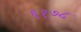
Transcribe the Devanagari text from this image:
६१७८